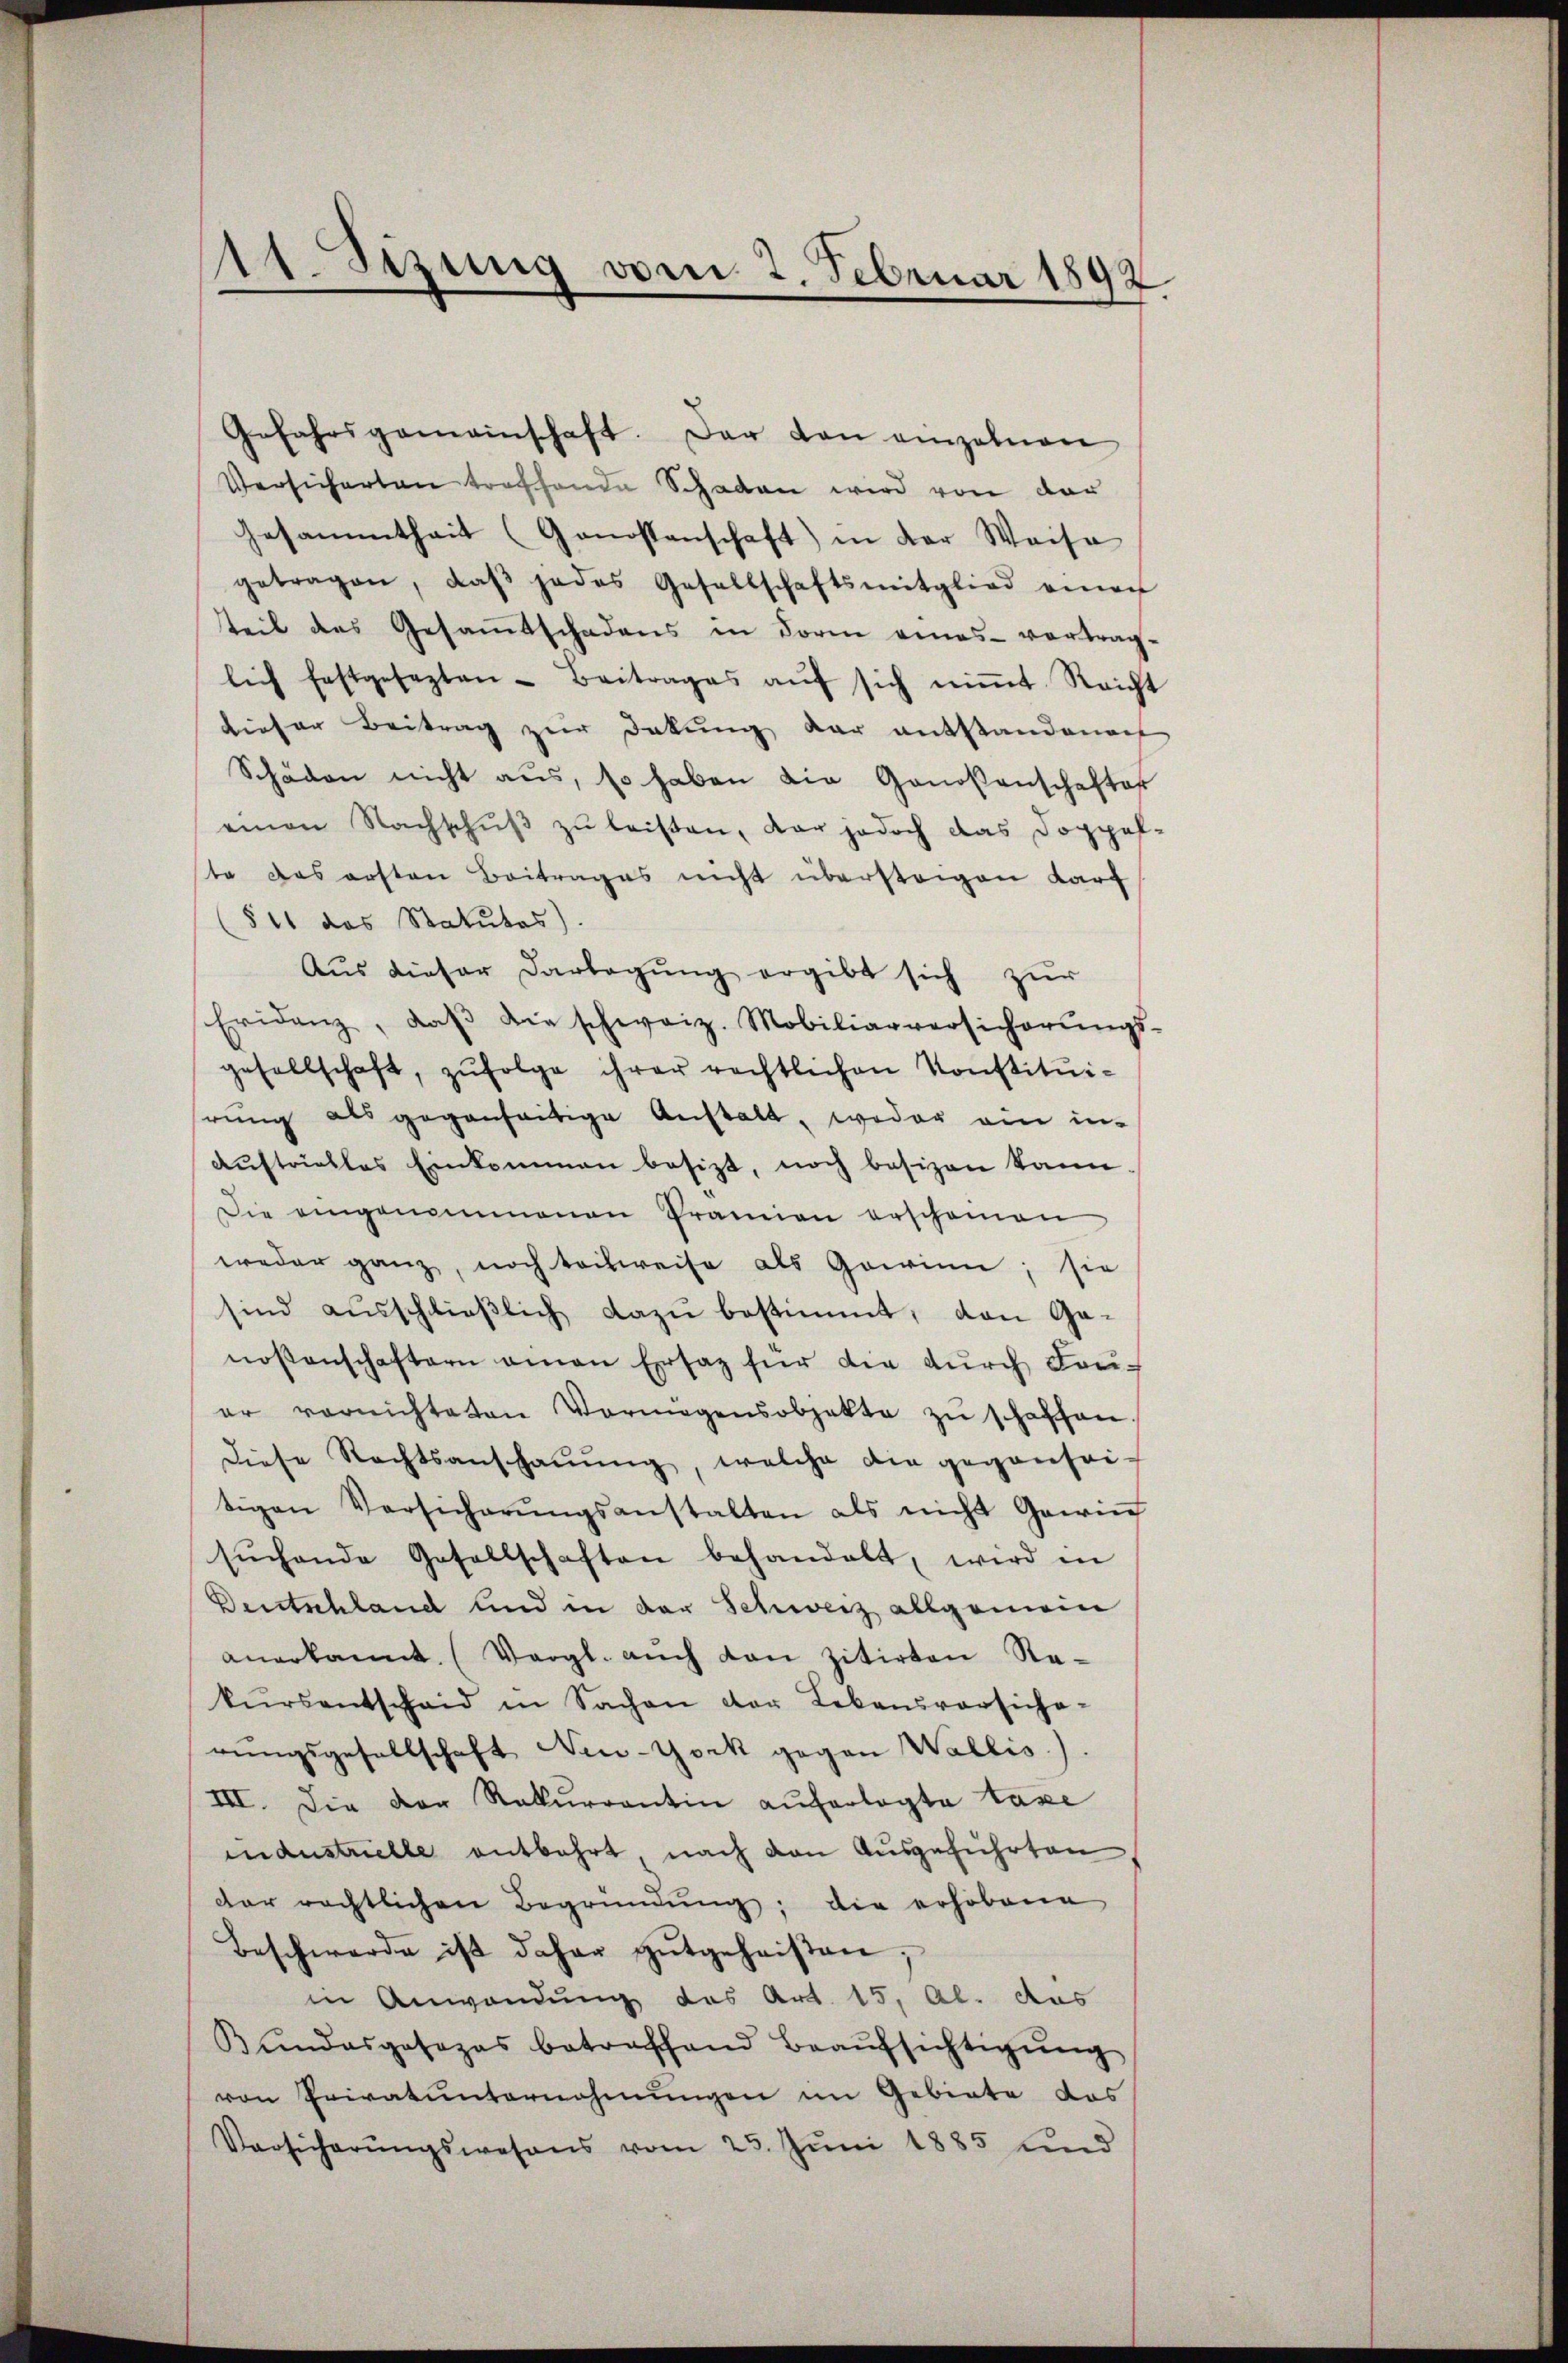
11. Sezung vom 2. Februar 1892

Versicherten treffende Schaden wird von der
Gesammtheit (Genossenschaft) in der Weise
getragen, daβ jedes Gesellschaftsmitglied eina
steil des Gesamtschadens in Form eines vertrag-
lich festgesezten - Beitrages aŭf sich niṁt Reicht
dieser Beitrag zur Dekŭng der entstandenach
Schäden nicht aus, so haben die Genoßenschaftes
einen Nachschŭβ zŭ leisten, der jedoch das Doppel-
te das ersten Beitrages nicht überstagen darf
(§ 11 das Statutes).
Aus dieser Darlegung ergibt sich zur
Eridenz, daβ die schweiz. Mobiliarversicherŭngs-
gesellschaft, zŭfolge ihrer rechtlichen Konstituihrung als gegenseitige Anstalt, weder ein in
Aŭstrielles Einkommen besizt, noch besizen kann.
Die eingenommenen Prämien erscheinen
weder ganz, noch teilweise als Gewinn, sie
sind aŭsschlieβlich dazŭ bestimmt, den Ga-
noßenschaftern einen Ersatz für die dŭrch Laŭ-
er vernichteten Vermögensobjekte zŭ schaffen.
diese Rechtsanschaŭŭng, welche die gegensei-
tigen Versicherŭngsanstalten als nicht Gewin
sŭchende Gesellschaften behandelt, wird in
Deutschland und in der Schweiz allgemein
anerkannt. (Vergl. aŭch den zitirten Re-
kŭrsentscheid in Sachen der Lebensvorsiche-
rŭngsgesellschaft New-York gegen Wallis.
III. Die der Rekŭrrantin auferlegte Taxe
industrielle entbehrt nach den Ausgeführten
der rechtlichen Begründung; die erhobene
Beschwerde ist daher gutgeheißen,
in Anwendung des Art. 15, Al. das
Kŭndesgosozas betonschand Beaŭfsichtigŭng
von Privatunternehmungen im Gebiete das
Versicherŭngswesens vom 23. Jŭni 1885 und

Gefahrsgemeinschaft. Der von einzelnen